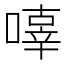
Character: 𠽿